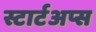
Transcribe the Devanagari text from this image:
स्टार्टअप्स